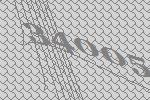
34005